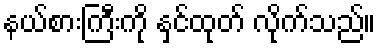
နယ်စားကြီးကို နှင်ထုတ် လိုက်သည်။